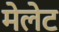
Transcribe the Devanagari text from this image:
मेलेट